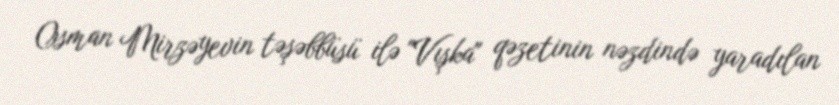
Osman Mirzəyevin təşəbbüsü ilə "Vışka" qəzetinin nəzdində yaradılan